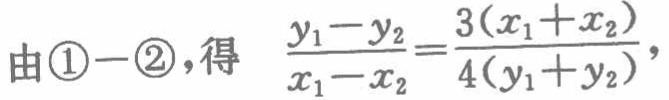
由\textcircled{1}$-$\textcircled{2}，得 \(\frac{y_{1}-y_{2}}{x_{1}-x_{2}}=\frac{3(x_{1}+x_{2})}{4(y_{1}+y_{2})}\)